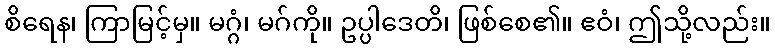
စိရေန၊ ကြာမြင့်မှ။ မဂ္ဂံ၊ မဂ်ကို။ ဥပ္ပါဒေတိ၊ ဖြစ်စေ၏။ ဧဝံ၊ ဤသို့လည်း။